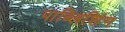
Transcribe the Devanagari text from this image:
पाब्लिशिंग